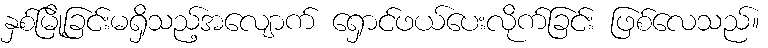
နှစ်မြို့ခြင်းမရှိသည့်အလျောက် ရှောင်ဖယ်ပေးလိုက်ခြင်း ဖြစ်လေသည်။